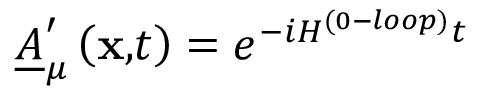
\underline { { { A } } } _ { \mu } ^ { \prime } \left( \mathbf { x , } t \right) = e ^ { - i H ^ { ( 0 - l o o p ) } t }